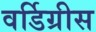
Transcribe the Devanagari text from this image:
वर्डिग्रीस